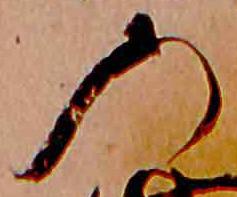
の